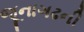
જૂનાગઢની